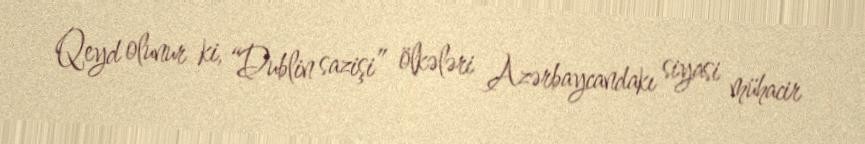
Qeyd olunur ki, “Dublin sazişi” ölkələri Azərbaycandakı siyasi mühacir